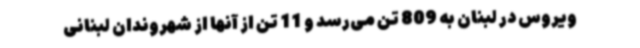
ویروس در لبنان به 809 تن می‌رسد و 11 تن از آنها از شهروندان لبنانی